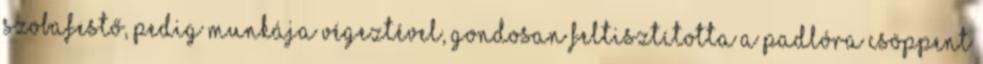
szobafestő, pedig munkája végeztével, gondosan feltisztította a padlóra csöppent